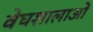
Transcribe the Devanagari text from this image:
वेघशालाओं